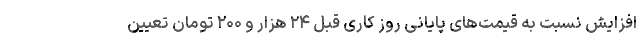
افزایش نسبت به قیمت‌های پایانی روز کاری قبل ۲۴ هزار و ۲۰۰ تومان تعیین